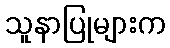
သူနာပြုများက